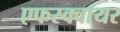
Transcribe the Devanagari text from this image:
एफस्क्वायर